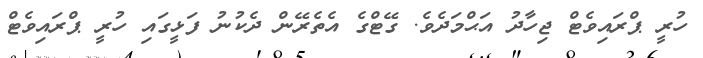
ހުރީ ޕްރައިވެޓް ޖިހާދު އަޙްމަދެވެ. ގޭޓްގެ އެތެރޭން ދެކުނު ފަޅީގައި ހުރީ ޕްރައިވެޓް